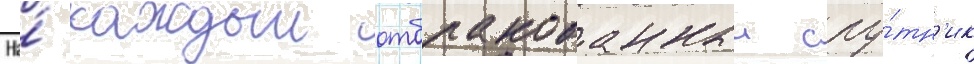
На́ каждыи отбракованныи спу́тн'ик